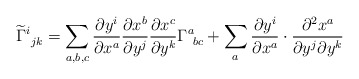
\begin{align*} \widetilde{\Gamma}^i_{\: \: jk} = \sum_{a,b,c} \frac{\partial y^i}{\partial x^a}\frac{\partial x^b}{\partial y^j}\frac{\partial x^c}{\partial y^k}\Gamma^a_{\: \: bc} +\sum_a \frac{\partial y^i}{\partial x^a} \cdot\frac{\partial^2 x^a}{\partial y^j \partial y^k}\end{align*}